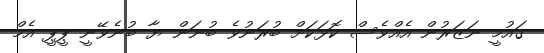
ޤައުމީ ނަޒަރުން އެއްވެސް ކޮޅަކަށް ބުރަނުވެ ބުނަން ޔާ ބުނެވޭނީ ޕީޕީ އެމް